Medical and sanitary report of the native army of Bengal for the year
Year: 1874
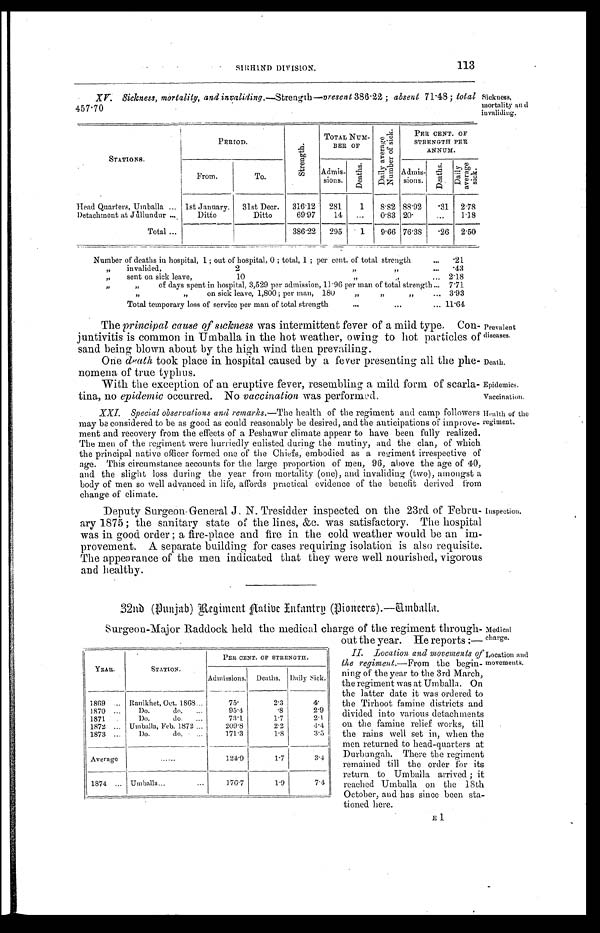
SIRHIND DIVISION.
113
Prevalent
diseases.
Death.
XV. Sickness, mortality, and invaliding.—Strength—Present 386.22; absent 71.48; total
457.70
Sickness,
mortality and
invaliding.
STATIONS.
PERIOD.
S t r e n g t h s .
TOTAL Num-
BER OF
Da i l y a v e r a g e Nu mb e r o f s i c k . PER CENT. OF
STRENGTH PER
ANNUM.
From.
To.
Admis-
sions.
D e a t h s .
Admis-
sions.
D e a t h s . D a i l y a v e r a g e s i c k .
Head Quarters, Umballa . . . 1st January.
31st Decr.
316.12
281
1
8.82 88.92
. 3 1 2.78
Detachment at Jullundur . . .
Ditto
Ditto
69.97
14
. . .
0.83 20.
. . . 1.18
Total . . .
386.22
295
1
9.66 76.38
. 2 6 2.50
Number of deaths in hospital, 1; out of hospital, 0; total, 1; per cent. of total strength . . .
.21
" invalided, 2 " " . . .
.43
" sent on sick leave, 10 " " . . .
2.18
" " of days spent in hospital, 3,529 per admission, 11.96 per man of total strength . . .
7.71
" " on sick leave, 1,800; per man, 180 " " " . . .
3.93
Total temporary loss of service per man of total strength . . . 11.64
The principal cause of sickness was intermittent fever of a mild type. Con
- j u n t i v i t i s i s c o m m o n i n U m b a l l a i n t h e h o t w e a t h e r , o w i n g t o h o t p a r t i c l e s
o f s a n d b e i n g b l o w n a b o u t b y t h e h i g h w i n d t h e n p r e v a i l i n g .
One death took place in hospital caused by a fever presenting all the phe
-nomena of true typhus.
With the exception of an eruptive fever, resembling a mild form of scarla
-tina, no epidemic occurred. No vaccination was performed.
Epidemics.
Vaccination.
XXI. Special observations and remarks .—The health of the regiment and camp followers
may be considered to be as good as could reasonably be desired, and the anticipations of improve
- m e n t a n d r e c o v e r y f r o m t h e e f f e c t s o f a P e s h a w u r c l i m a t e a p p e a r t o h a v e b e e n f u l l y r e a l i z e d .
The men of the regiment were hurriedly enlisted during the mutiny, and the clan, of which
the principal native officer formed one of the Chiefs, embodied as a regiment irrespective of
age. This circumstance accounts for the large proportion of men, 96, above the age of 40,
and the slight loss during the year from mortality (one), and invaliding (two), amongst a
body of men so well advanced in life, affords practical evidence of the benefit derived from
change of climate.
Health of the
regiment.
Deputy Surgeon General J. N. Tresidder inspected on the 23rd of Febru
- a r y 1 8 7 5 ; t h e s a n i t a r y s t a t e o f t h e l i n e s , & c . w a s s a t i s f a c t o r y . T h e h o s p i t a l
was in good order; a fire-place and fire in the cold weather would be an im
- p r o v e m e n t . A s e p a r a t e b u i l d i n g f o r c a s e s r e q u i r i n g i s o l a t i o n i s a l s o r e q u i s i t e .
The appearance of the men indicated that they were well nourished, vigorous
and healthy.
32nd (Punjab) Regiment Native Infantry (Pioneers).—Umballa.
Surgeon-Major Raddock held the medical charge of the regiment through
-out the year. He reports:—
Inspection.
Medical
charge.
YEAR.
STATION.
PER CENT. OF STRENGTH.
Admissions. Deaths. Daily sick.
1 8 6 9 . . . Ranikhet, Oct. 1868. . .
7 5 .
2.3
4.
1 8 7 0 . . .
D o . d o . . . .
9 5 . 4
.8
2.9
1 8 7 1
D o . d o . . . .
7 3 . 1
1.7
2.1
1 8 7 2 . . .
U m b a l l a , F e b . 1 8 7 2 . . .
2 0 9 . 8
2.2
4.4
1 8 7 3 . . .
D o . d o . . . .
1 7 1 . 3
1.8
3.5
A v e r a g e
. . .
1 2 4 . 9
1.7
3.4
1 8 7 4 . . .
U m b a l l a . . .
1 7 6 . 7
1.9
7.4
II. Location and movements of
the regiment .—From the begin
-ning of the year to the 3rd March,
the regiment was at Umballa. On
the latter date it was ordered to
the Tirhoot famine districts and
divided into various detachments
on the famine relief works, till
the rains well set in, when the
men returned to head-quarters at
Durbungah. There the regiment
remained till the order for its
return to Umballa arrived; it
reached Umballa on the 18th
October, and has since been sta
-tioned here.
Location and
movements.
E 1